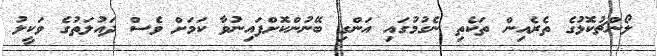
ލޯންޗުކޮޅުގެ ތެރެއިން ތަކެތި ނެގުމުގައި އަންގި ބޭނުންކޮށްފައިނުވާ ކަމަށް ވެސް ދައުލަތުގެ ވަކީލު